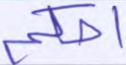
احكم